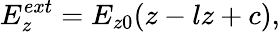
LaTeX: E_{z}^{ext}={E_{z0}}{(z-lz+c)}{,}